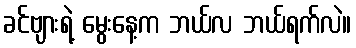
ခင်ဗျားရဲ့ မွေးနေ့က ဘယ်လ ဘယ်ရက်လဲ။